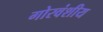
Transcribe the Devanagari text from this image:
गोरवंशीय